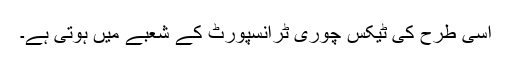
اسی طرح کی ٹیکس چوری ٹرانسپورٹ کے شعبے میں ہوتی ہے۔